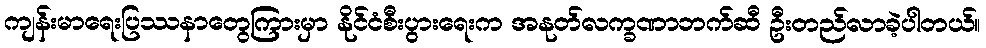
ကျန်းမာရေးပြဿနာတွေကြားမှာ နိုင်ငံစီးပွားရေးက အနုတ်လက္ခဏာဘက်ဆီ ဦးတည်လာခဲ့ပါတယ်။